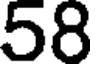
58